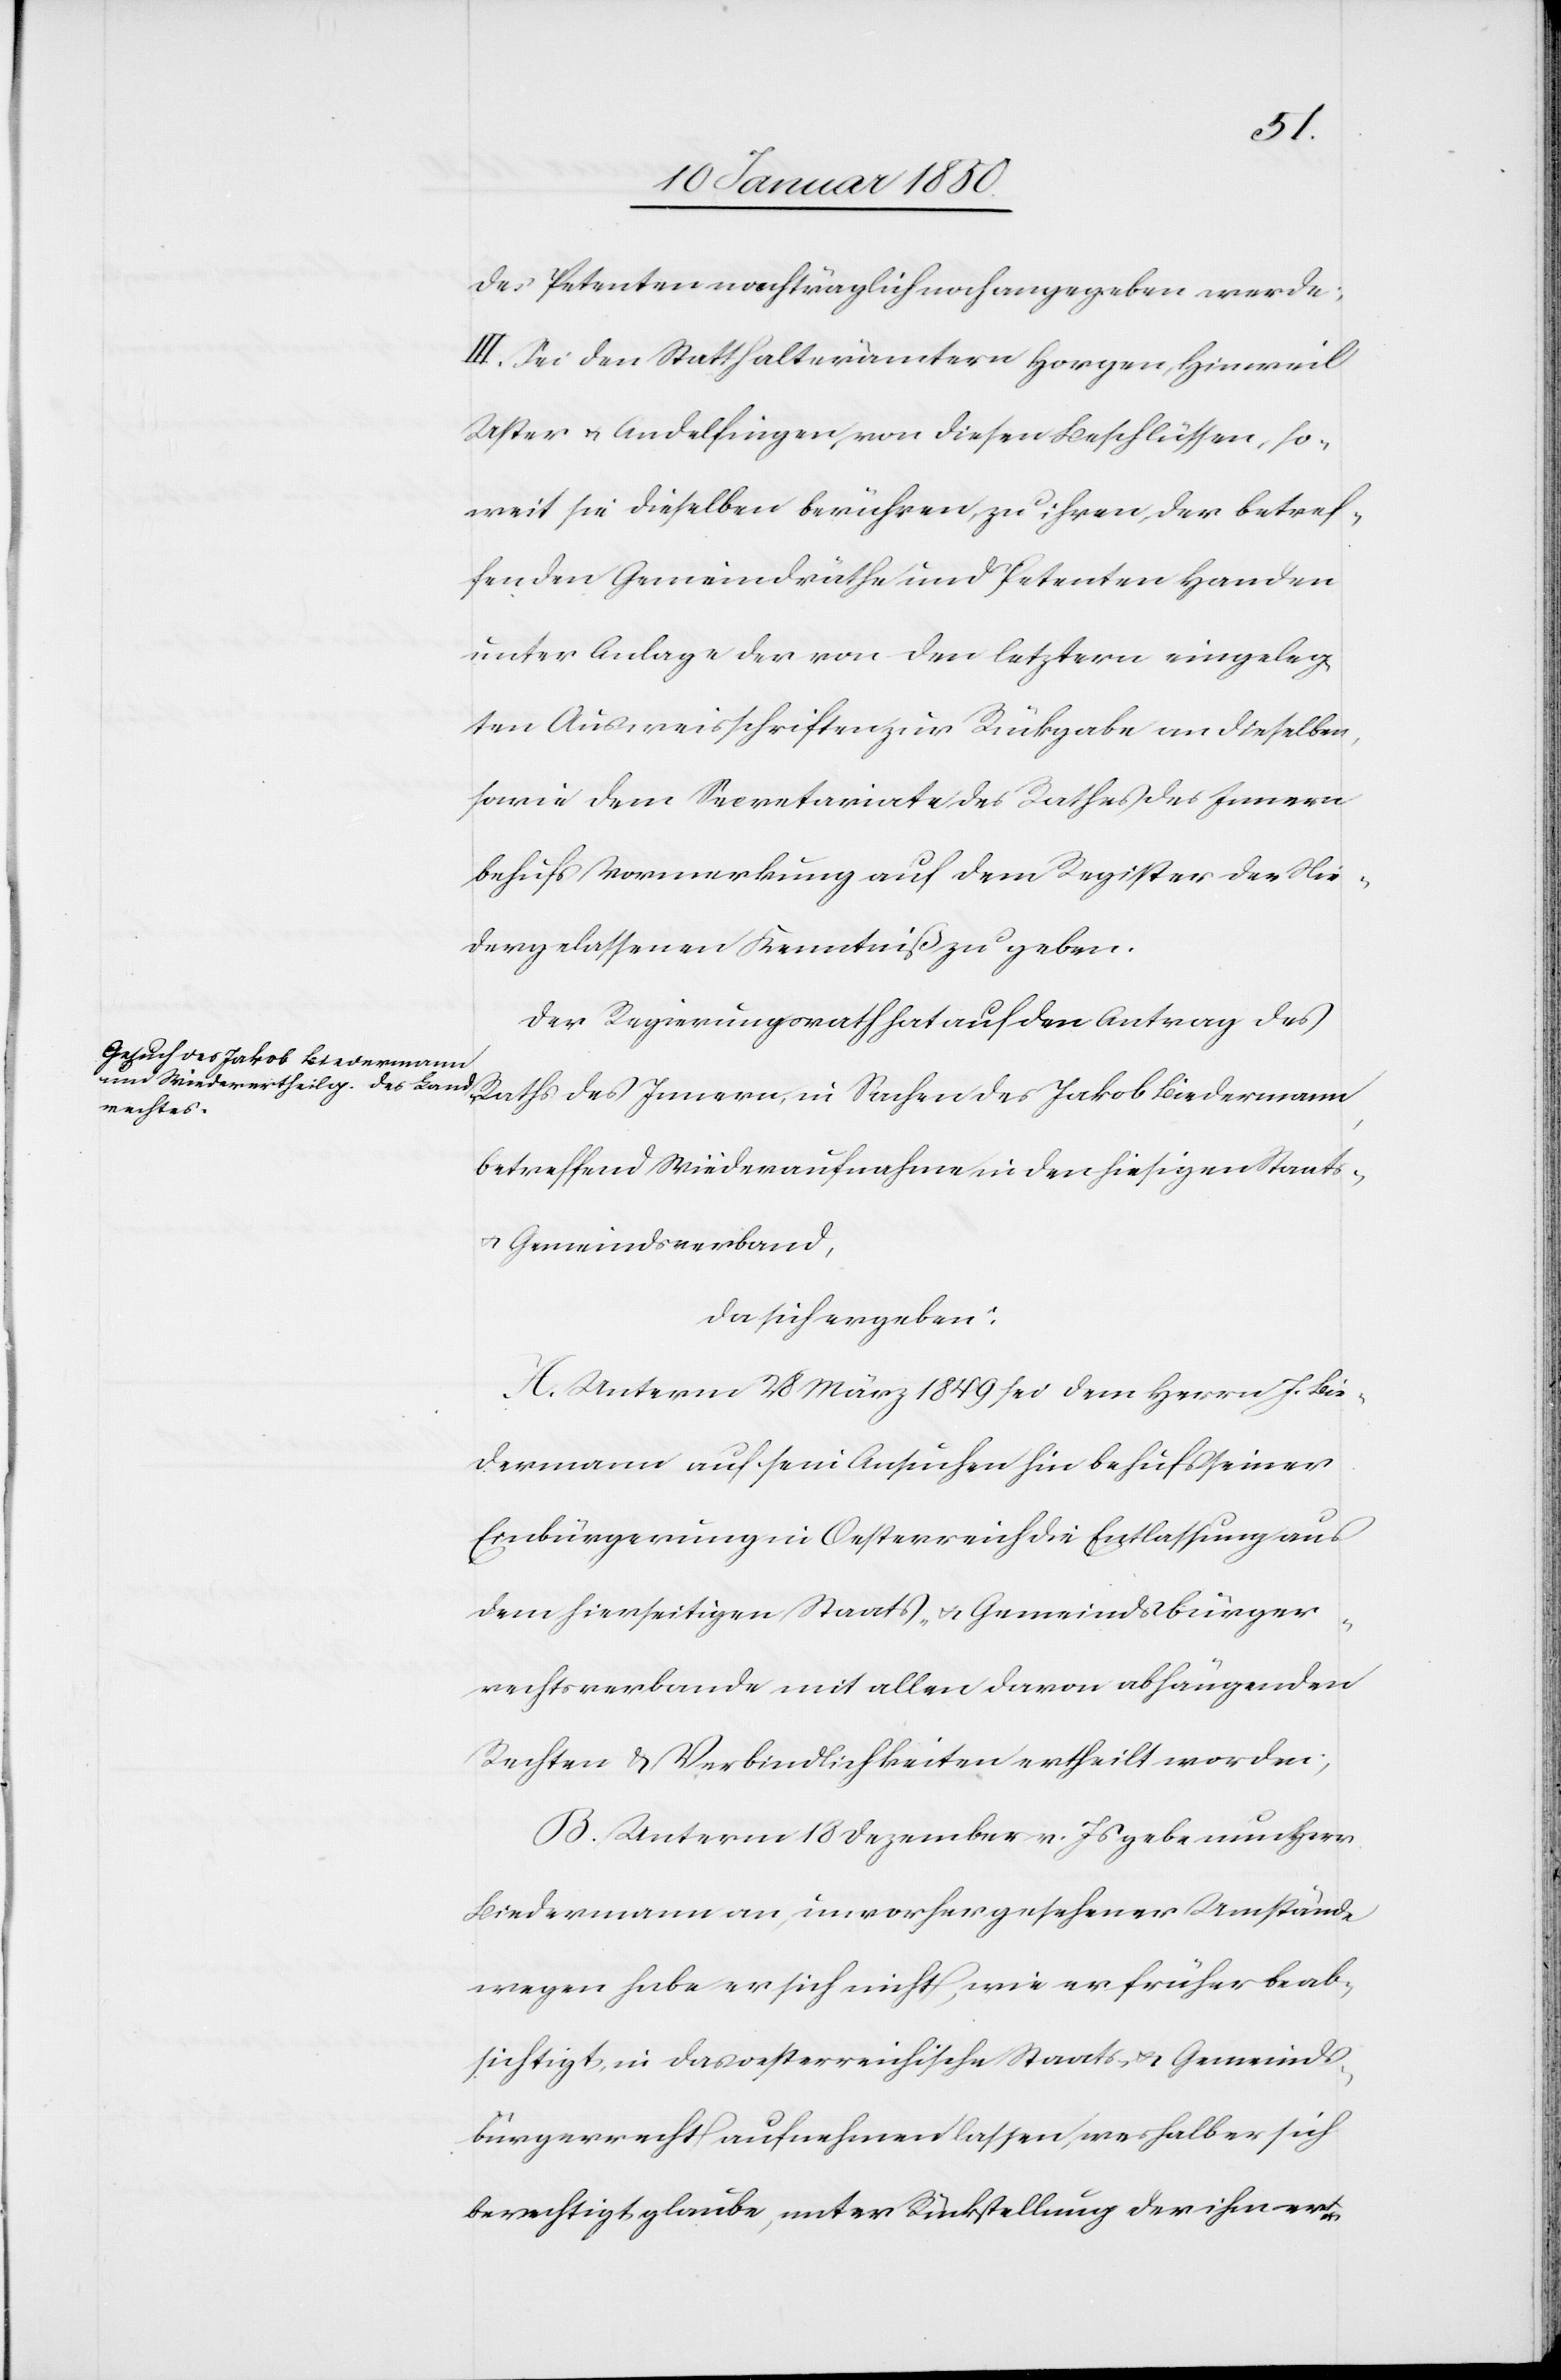
des Petenten nachträglich noch angegeben werde;
III. Sei den Statthalterämtern Horgen, Hinweil,
Uster u. Andelfingen, von diesen Beschlüssen, so¬
weit sie dieselben berühren, zu ihren, der betref¬
fenden Gemeindräthe und Petenten Handen
unter Anlage der von den letztern eingeleg¬
ten Ausweisschriften zur Rükgabe an dieselben,
sowie dem Secretariate des Rathes des Innern
behufs Vormerkung auf dem Register der Nie¬
dergelassenen Kenntniß zu geben.
Der Regierungsrath hat auf den Antrag des
betreffend Wiederaufnahme in den hiesigen Staats-
u. Gemeindsverband,
da sich ergeben:
A. Unterm 28 März 1849 sei dem Herrn J. Bie¬
dermann auf sein Ansuchen hin behufs seiner
Einbürgerung in Oesterreich die Entlassung aus
dem hierseitigen Staats- u. Gemeindsbürger¬
rechtsverbande mit allen davon abhängenden
Rechten u. Verbindlichkeiten ertheilt worden;
B. Unterm 18 Dezember v. Js gebe nun Herr
Biedermann an, unvorhergesehener Umstände
wegen habe er sich nicht, wie er früher beab¬
sichtigt, in das oesterreichische Staats- u. Gemeinds¬
bürgerrecht aufnehmen lassen, weshalb er sich
berechtigt glaube, unter Rückstellung der ihm er-